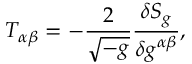
T _ { \alpha \beta } = - { \frac { 2 } { \sqrt { - g } } } { \frac { \delta S _ { g } } { \delta g ^ { \alpha \beta } } } ,